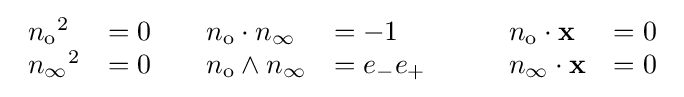
{\begin{array}{lllll}{n_{\text{o}}}^{2}&=0\qquad n_{\text{o}}\cdot n_{\infty }&=-1\qquad &n_{\text{o}}\cdot \mathbf {x} &=0\\{n_{\infty }}^{2}&=0\qquad n_{\text{o}}\wedge n_{\infty }&=e_{-}e_{+}\qquad &n_{\infty }\cdot \mathbf {x} &=0\end{array}}